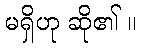
မရှိဟု ဆို၏ ။